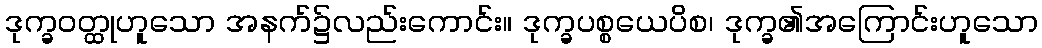
ဒုက္ခဝတ္ထုဟူသော အနက်၌လည်းကောင်း။ ဒုက္ခပစ္စယေပိစ၊ ဒုက္ခ၏အကြောင်းဟူသော